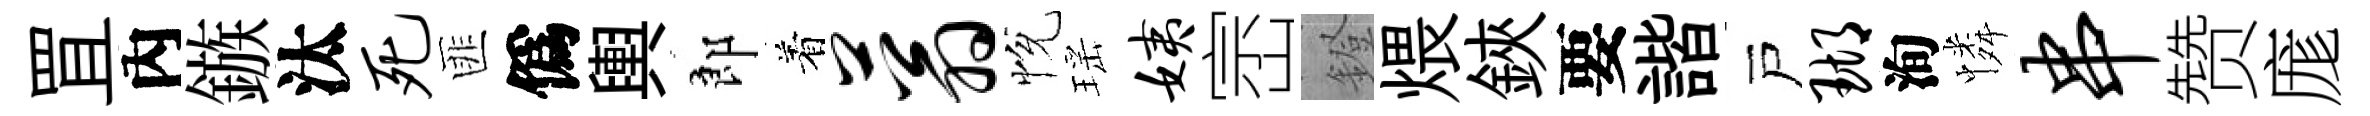
罝內鏃汰死匪僞輿郎着蓊恱瑶姨崈鐙煨鋏要諧戸瑚洵憐串赞庬